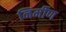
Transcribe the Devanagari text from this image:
निर्मीण